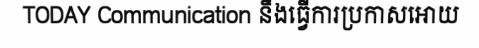
TODAY Communication នឹងធ្វើការប្រកាសអោយ